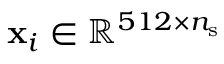
\mathbf { x } _ { i } \in \mathbb { R } ^ { 5 1 2 \times n _ { \mathrm { s } } }